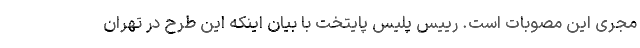
مجری این مصوبات است. رییس پلیس پایتخت با بیان اینکه این طرح در تهران